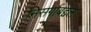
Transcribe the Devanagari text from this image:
निसर्गाबद्दल